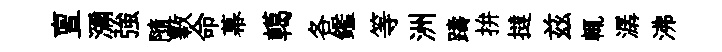
亶瀰強隨斁命幕轕各鑑等洲躊拚撻兹輒潺沸